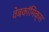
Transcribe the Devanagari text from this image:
वेबकाॅमिक्स